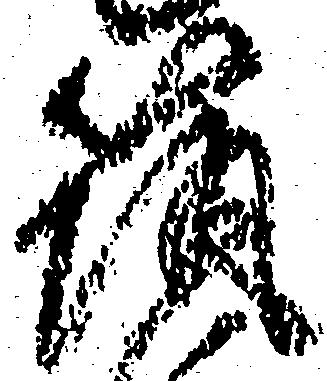
筑